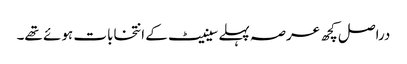
دراصل کچھ عرصہ پہلے سینیٹ کے انتخابات ہوئے تھے۔